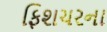
ફિશચરના